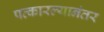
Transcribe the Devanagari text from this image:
पत्कारल्यानंतर